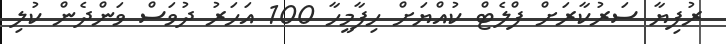
ރުފިޔާ ސަރުކާރަށް ފްލެޓް ކުއްޔަށް ހިފާމީހާ 100 އަހަރު ދުވަސް ވަންދެން ކުލި